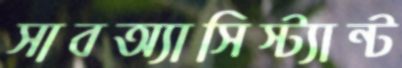
সাবঅ্যাসিস্ট্যান্ট